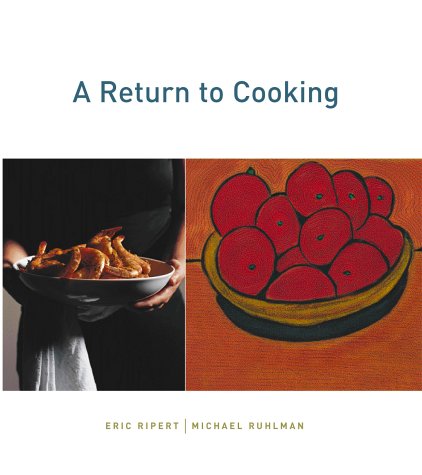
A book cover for A Return to Cooking; Michael Ruhlman; Travel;